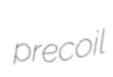
precoil